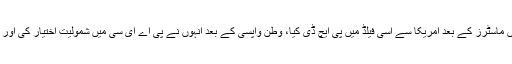
ڈاکٹر انصار نے قائداعظم یونیورسٹی اسلام آباد سے نیوکلیئر فزکس میں ماسٹرز کے بعد امریکا سے اسی فیلڈ میں پی ایچ ڈی کیا، وطن واپسی کے بعد انہوں نے پی اے ای سی میں شمولیت اختیار کی اور نیوکلیئر سیفٹی گروپ میں ساتھی سائنسدانوں کی معاونت کرتے رہے۔